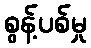
စွန့်ပစ်မှု